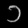
Digit: ၁